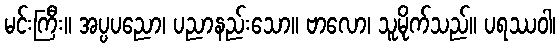
မင်းကြီး။ အပ္ပပညော၊ ပညာနည်းသော။ ဗာလော၊ သူမိုက်သည်။ ပရဿဝါ၊